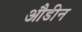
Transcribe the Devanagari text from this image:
औडीन